Vaccination returns of the Province of Eastern Bengal and Assam - 1905-1912
Year: 1905
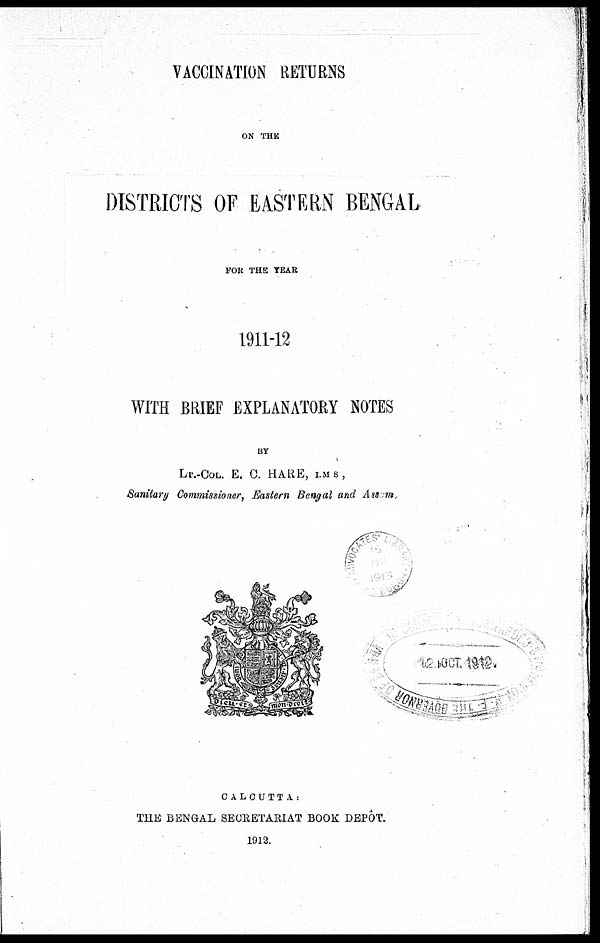
VACCINATION RETURNS
ON THE
DISTRICTS OF EASTERN BENGAL
FOR THE YEAR
1911-12
WITH BRIEF EXPLANATORY NOTES
BY
LT .-COL. E. C. HARE, I.M. S.,
Sanitary Commissioner, Eastern Bengal and Assam.
CALCUTTA:
THE BENGAL SECRETARIAT BOOK DEPÔT.
1912.